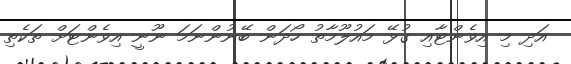
އަދި މި އިވެންޓާއި ގުޅޭ މައުލޫމާތު ހޯދަން ބޭނުންނަމަ ނޫނީ އިވެންޓަށް ތަކެތި